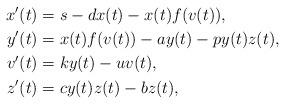
LaTeX: \begin{align*}x'(t)&=s-dx(t)-x(t) f(v(t)),\\y'(t)&= x(t) f(v(t))-ay(t)-py(t)z(t),\\v'(t)&= ky(t)-u v(t),\\z'(t)&= cy(t)z(t)-b z(t),\end{align*}